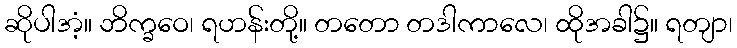
ဆိုပါအံ့။ ဘိက္ခဝေ၊ ရဟန်းတို့။ တတော တဒါကာလေ၊ ထိုအခါ၌။ ရတျာ၊